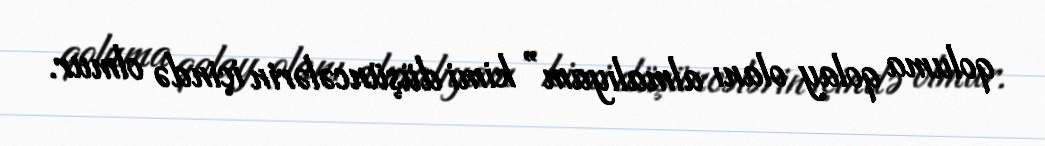
qoluma qolay olanı almalıyam” kimi düşüncələrin içində olmur.